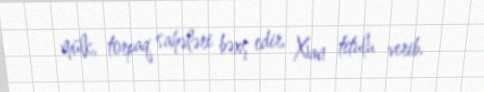
mülk, torpaq sahələri bəxş edir, Xan titulu verib.